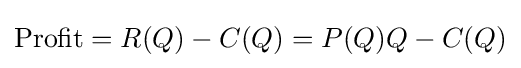
{\text{Profit}}=R(Q)-C(Q)=P(Q)Q-C(Q)